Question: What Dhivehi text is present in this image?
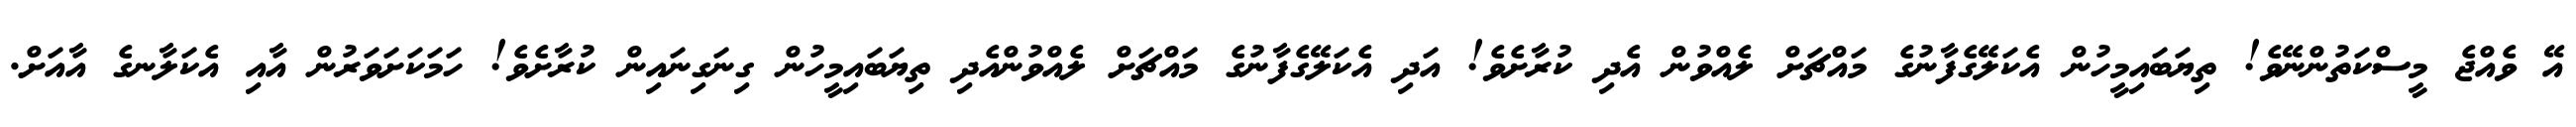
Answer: އޭ ވެއްޖެ މީސްކަތުންނޭވެ! ތިޔަބައިމީހުން އެކަލޭގެފާނުގެ މައްޗަށް ލެއްވުން އެދި ކުރާށެވެ! އަދި އެކަލޭގެފާނުގެ މައްޗަށް ލެއްވުންއެދި ތިޔަބައިމީހުން ގިނަގިނައިން ކުރާށެވެ! ހަމަކަށަވަރުން އާއި އެކަލާނގެ އާއަށް.